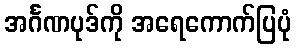
အင်္ဂဏပုဒ်ကို အရေကောက်ပြပုံ